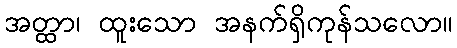
အတ္ထာ၊ ထူးသော အနက်ရှိကုန်သလော။